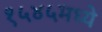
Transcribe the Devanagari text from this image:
१५४५मध्ये